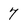
Character: 7